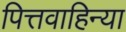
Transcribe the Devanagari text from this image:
पित्तवाहिन्या